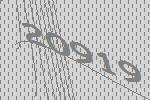
20919